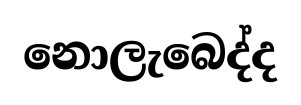
නොලැබෙද්ද